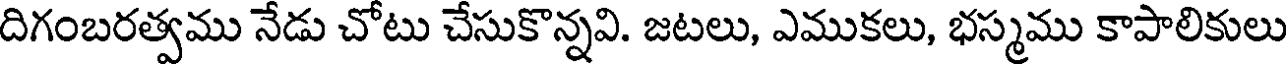
దిగంబరత్వము నేడు చోటు చేసుకొన్నవి. జటలు, ఎముకలు, భస్మము కాపాలికులు